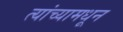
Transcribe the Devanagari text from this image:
त्यांच्यामधून